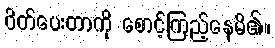
ပိတ်ပေးတာကို စောင့်ကြည့်နေမိ၏။